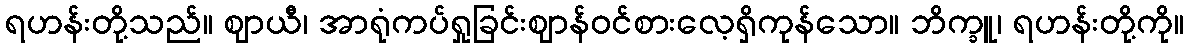
ရဟန်းတို့သည်။ ဈာယီ၊ အာရုံကပ်ရှုခြင်းဈာန်ဝင်စားလေ့ရှိကုန်သော။ ဘိက္ခူ၊ ရဟန်းတို့ကို။